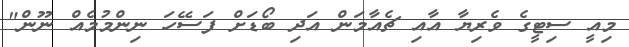
މިއީ ސިޓީގެ ވެރިޔާ އާއި ޗެއާމަން އަދި ބޯޑަށް ފަސޭހަ ނިންމުމެއް ނޫން"